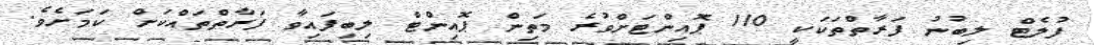
ފުލެޓް ލިބުނު ފަރާތްތަކަކީ 110 ޕޮއިންޓަށްވުރެ މަތިން ޕޮއިންޓް ލިބިފައިވާ ފަރާތްތައްކަށް ކަމަށެވެ.